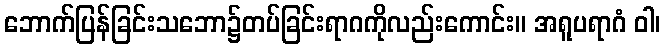
ဘောက်ပြန်ခြင်းသဘော၌တပ်ခြင်းရာဂကိုလည်းကောင်း။ အရူပရာဂံ ဝါ၊